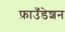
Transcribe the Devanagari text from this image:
फ़ाउँडेशन